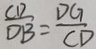
\frac { C D } { D B } = \frac { D G } { C D }